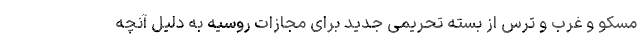
مسکو و غرب و ترس از بسته تحریمی جدید برای مجازات روسیه به دلیل آنچه